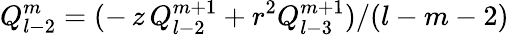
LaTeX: Q_{l-2}^{m}=(-\, z\, Q_{l-2}^{m+1}+r^{2}Q_{l-3}^{m+1})/(l-m-2)